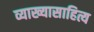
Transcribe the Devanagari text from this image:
व्याख्यासाहित्य